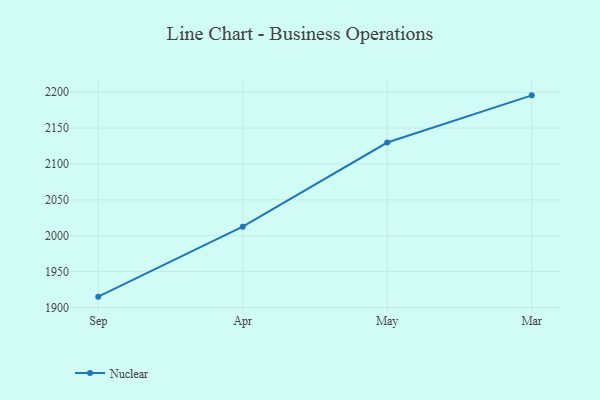
{"axis": {"x": "Month", "y": "Active Users"}, "legend": ["Nuclear"], "data": [{"x": "Sep", "y": 1915.0, "type": "Nuclear"}, {"x": "Apr", "y": 2012.5, "type": "Nuclear"}, {"x": "May", "y": 2129.9, "type": "Nuclear"}, {"x": "Mar", "y": 2195.7, "type": "Nuclear"}]}